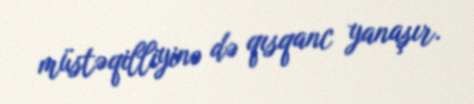
müstəqilliyinə də qısqanc yanaşır.